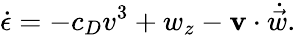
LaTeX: \dot{\epsilon}=-c_{D}v^{3}+w_{z}-\mathbf{v}\cdot\dot{\vec{w}}.